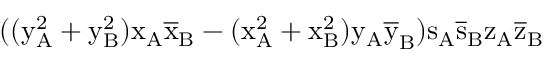
( ( \mathrm { y _ { A } ^ { 2 } + \mathrm { y _ { B } ^ { 2 } ) \mathrm { x _ { A } \mathrm { \overline { { x } } _ { B } - ( \mathrm { x _ { A } ^ { 2 } + \mathrm { x _ { B } ^ { 2 } ) \mathrm { y _ { A } \mathrm { \overline { { y } } _ { B } ) \mathrm { s _ { A } \mathrm { \overline { { s } } _ { B } \mathrm { z _ { A } \mathrm { \overline { { z } } _ { B } } } } } } } } } } } } }